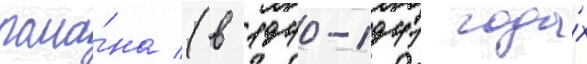
рома́на (в 1940-1941 года́х